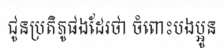
ជូនប្រតិភូផងដែរថា ចំពោះបងប្អូន